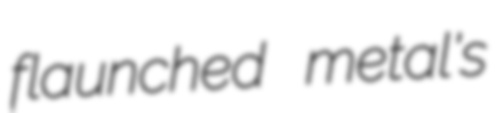
flaunched metal's